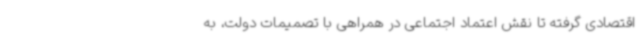
اقتصادی گرفته تا نقش اعتماد اجتماعی در همراهی با تصمیمات دولت، به